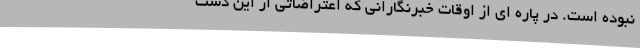
نبوده است. در پاره ای از اوقات خبرنگارانی که اعتراضاتی از این دست